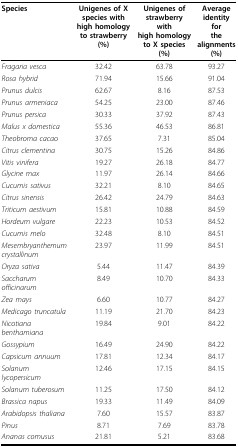
<table><thead><tr><td><b>Species</b></td><td><b>Unigenes of X species withhigh homology to strawberry(%)</b></td><td><b>Unigenes of strawberry withhigh homology to X species(%)</b></td><td><b>Average identity forthe alignments(%)</b></td></tr></thead><tbody><tr><td><i>Fragaria vesca</i></td><td>32.42</td><td>63.78</td><td>93.27</td></tr><tr><td><i>Rosa hybrid</i></td><td>71.94</td><td>15.66</td><td>91.04</td></tr><tr><td><i>Prunus dulcis</i></td><td>62.67</td><td>8.16</td><td>87.53</td></tr><tr><td><i>Prunus armeniaca</i></td><td>54.25</td><td>23.00</td><td>87.46</td></tr><tr><td><i>Prunus persica</i></td><td>30.33</td><td>37.92</td><td>87.43</td></tr><tr><td><i>Malus x domestica</i></td><td>55.36</td><td>46.53</td><td>86.81</td></tr><tr><td><i>Theobroma cacao</i></td><td>37.65</td><td>7.31</td><td>85.04</td></tr><tr><td><i>Citrus clementina</i></td><td>30.75</td><td>15.26</td><td>84.86</td></tr><tr><td><i>Vitis vinifera</i></td><td>19.27</td><td>26.18</td><td>84.77</td></tr><tr><td><i>Glycine max</i></td><td>11.97</td><td>26.14</td><td>84.66</td></tr><tr><td><i>Cucumis sativus</i></td><td>32.21</td><td>8.10</td><td>84.65</td></tr><tr><td><i>Citrus sinensis</i></td><td>26.42</td><td>24.79</td><td>84.63</td></tr><tr><td><i>Triticum aestivum</i></td><td>15.81</td><td>10.88</td><td>84.59</td></tr><tr><td><i>Hordeum vulgare</i></td><td>22.23</td><td>10.53</td><td>84.52</td></tr><tr><td><i>Cucumis melo</i></td><td>32.48</td><td>8.10</td><td>84.51</td></tr><tr><td><i>Mesembryanthemum crystallinum</i></td><td>23.97</td><td>11.99</td><td>84.51</td></tr><tr><td><i>Oryza sativa</i></td><td>5.44</td><td>11.47</td><td>84.39</td></tr><tr><td><i>Saccharum officinarum</i></td><td>8.49</td><td>10.70</td><td>84.33</td></tr><tr><td><i>Zea mays</i></td><td>6.60</td><td>10.77</td><td>84.27</td></tr><tr><td><i>Medicago truncatula</i></td><td>11.19</td><td>21.70</td><td>84.23</td></tr><tr><td><i>Nicotiana benthamiana</i></td><td>19.84</td><td>9.01</td><td>84.22</td></tr><tr><td><i>Gossypium</i></td><td>16.49</td><td>24.90</td><td>84.22</td></tr><tr><td><i>Capsicum annuum</i></td><td>17.81</td><td>12.34</td><td>84.17</td></tr><tr><td><i>Solanum lycopersicum</i></td><td>12.46</td><td>17.15</td><td>84.15</td></tr><tr><td><i>Solanum tuberosum</i></td><td>11.25</td><td>17.50</td><td>84.12</td></tr><tr><td><i>Brassica napus</i></td><td>19.33</td><td>11.49</td><td>84.09</td></tr><tr><td><i>Arabidopsis thaliana</i></td><td>7.60</td><td>15.57</td><td>83.87</td></tr><tr><td><i>Pinus</i></td><td>8.71</td><td>7.69</td><td>83.78</td></tr><tr><td><i>Ananas comusus</i></td><td>21.81</td><td>5.21</td><td>83.68</td></tr></tbody></table>